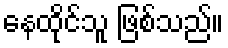
နေထိုင်သူ ဖြစ်သည်။